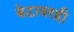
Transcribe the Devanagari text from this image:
बेटावरही